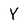
Character: Y